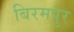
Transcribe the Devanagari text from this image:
बिरमपुर